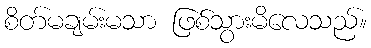
စိတ်မချမ်းမသာ ဖြစ်သွားမိလေသည်။